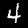
Digit: 4